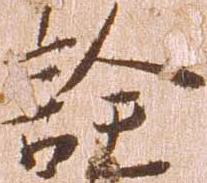
詮